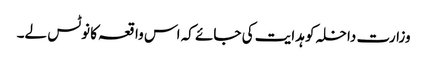
وزارت داخلہ کو ہدایت کی جائے کہ اس واقعہ کا نوٹس لے۔